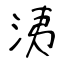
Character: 洟